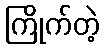
ကြိုက်တဲ့